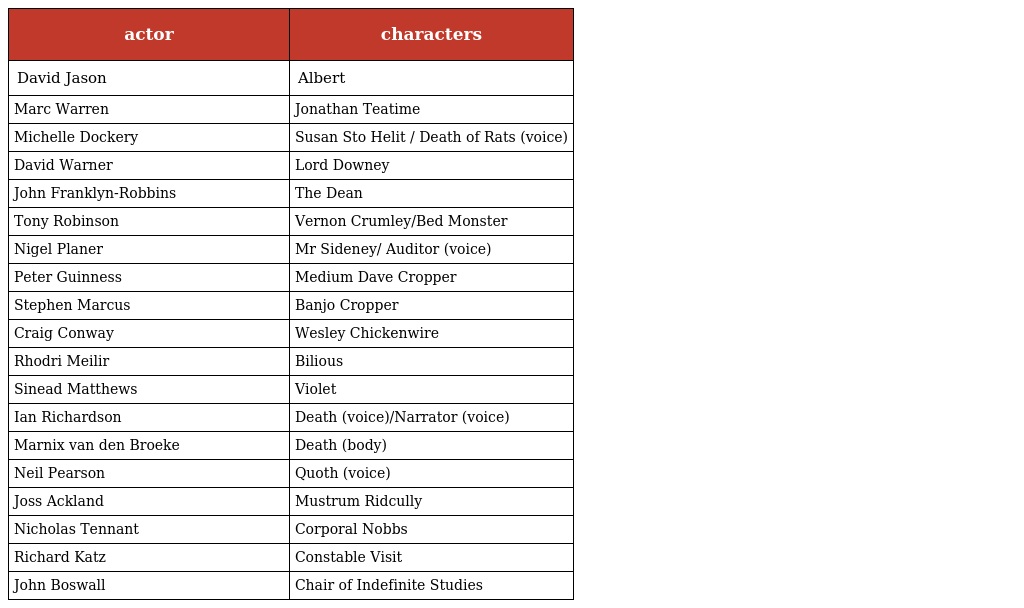
| actor | characters |
 | --- | --- |
 | David Jason | Albert |
 | Marc Warren | Jonathan Teatime |
 | Michelle Dockery | Susan Sto Helit / Death of Rats (voice) |
 | David Warner | Lord Downey |
 | John Franklyn-Robbins | The Dean |
 | Tony Robinson | Vernon Crumley/Bed Monster |
 | Nigel Planer | Mr Sideney/ Auditor (voice) |
 | Peter Guinness | Medium Dave Cropper |
 | Stephen Marcus | Banjo Cropper |
 | Craig Conway | Wesley Chickenwire |
 | Rhodri Meilir | Bilious |
 | Sinead Matthews | Violet |
 | Ian Richardson | Death (voice)/Narrator (voice) |
 | Marnix van den Broeke | Death (body) |
 | Neil Pearson | Quoth (voice) |
 | Joss Ackland | Mustrum Ridcully |
 | Nicholas Tennant | Corporal Nobbs |
 | Richard Katz | Constable Visit |
 | John Boswall | Chair of Indefinite Studies |